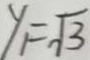
y _ { 1 } = \sqrt { 3 }